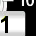
Digit: 1